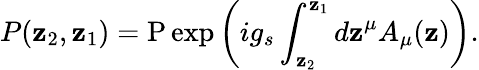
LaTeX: P(\mathbf{z}_{2},\mathbf{z}_{1})=\mathrm{{P}}\exp\left(ig_{s}\int_{\mathbf{z}_{2}}^{\mathbf{z}_{1}}d\mathbf{z}^{\mu}A_{\mu}(\mathbf{z})\right).